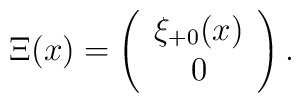
\Xi(x) =  \left( \begin{array}{c}		\xi_{+0}(x) \\		0	    \end{array} \right).